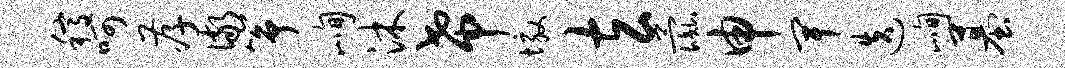
稿呵孝儆筝峋沐希墩玄彘申卑迭峋墓